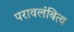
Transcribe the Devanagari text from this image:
परावलंबित्व